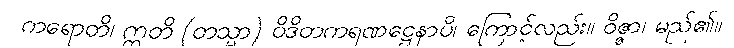
ကရောတိ၊ ဣတိ (တသ္မာ) ဝိဒိတကရဏဋ္ဌေနာပိ၊ ကြောင့်လည်း။ ဝိဇ္ဇာ၊ မည်၏။